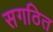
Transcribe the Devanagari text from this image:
सगठित